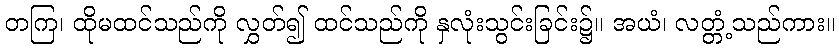
တကြ၊ ထိုမထင်သည်ကို လွှတ်၍ ထင်သည်ကို နှလုံးသွင်းခြင်း၌။ အယံ၊ လတ္တံ့သည်ကား။